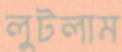
লুটলাম